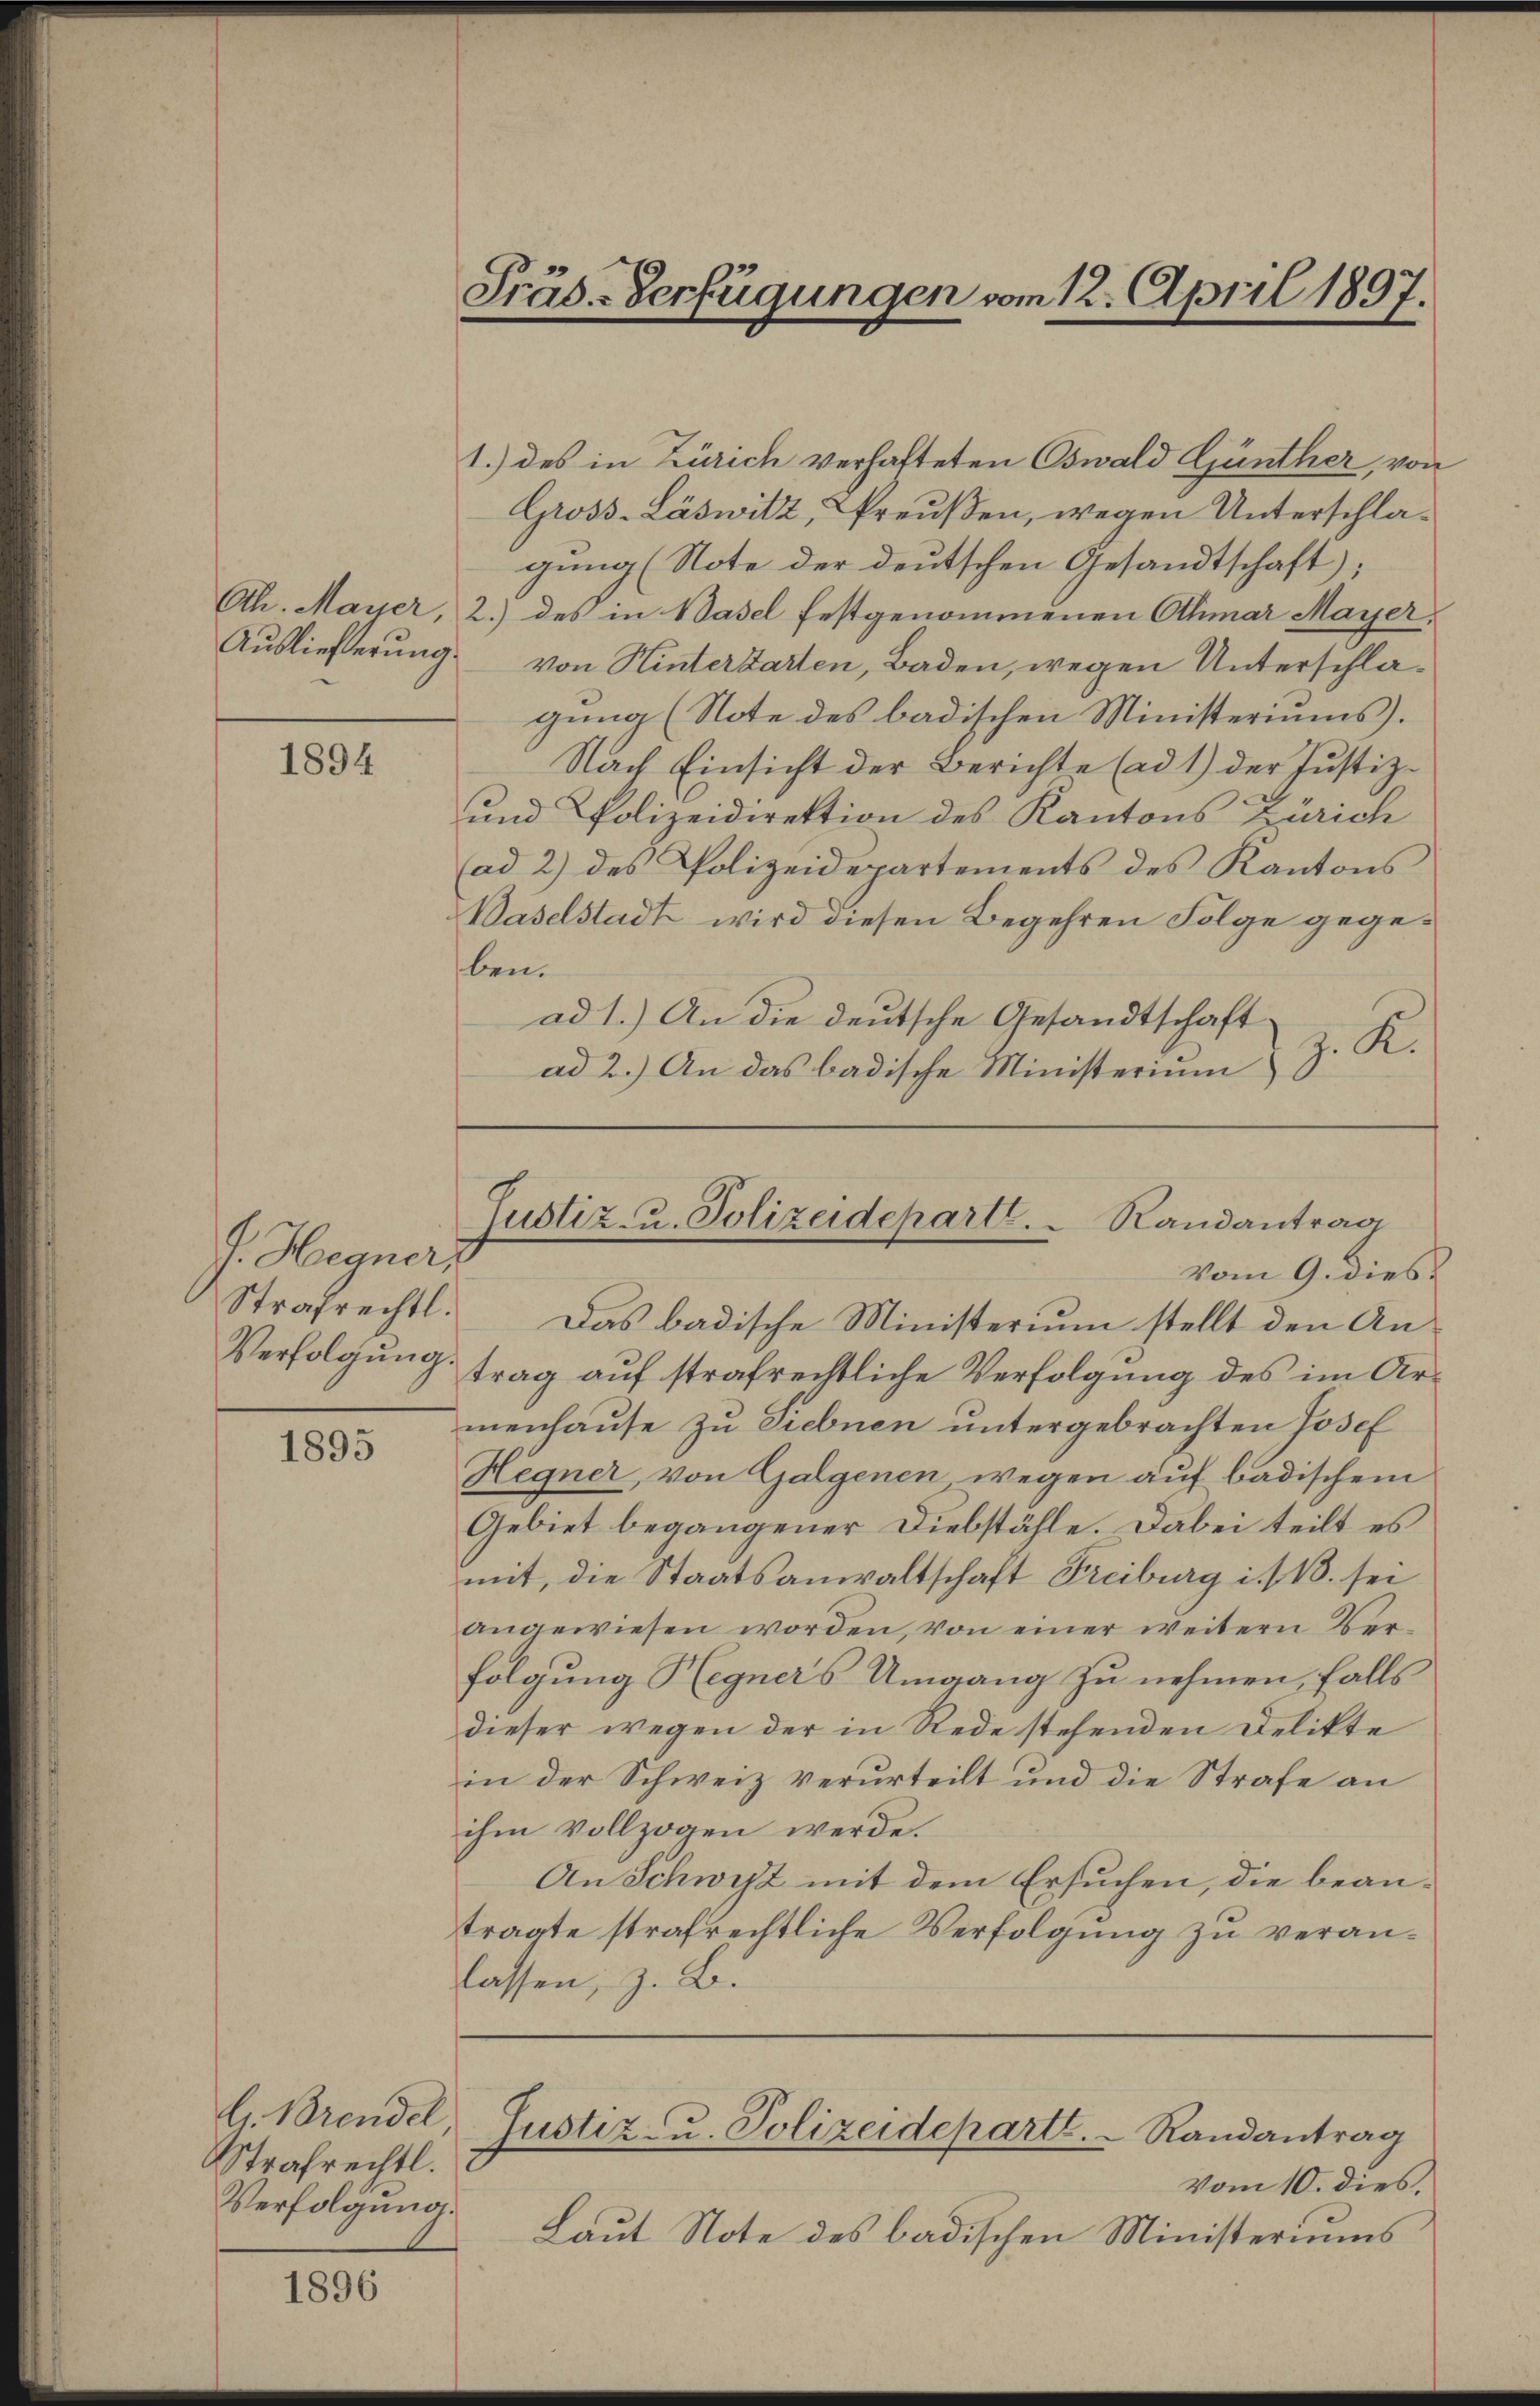
1894

s. Hegner,
Strafrechtl.
Verfolgung.

1895

G. Brendel,
Strafrechtl.
Verfolgung.

1896

Präs.-Verfügungen vom 12. April 1897.

1.) des in Zürich verhafteten Oswald Günther, von
Gross-Läswitz, Preußen, wegen Unterschlagung (Note der deutschen Gesandtschaft);
Oth. Mayer, 2.) des in Basel festgenommenen Othmar Mayer,
Auslieferung von Hinterbarten, Baden, wegen Unterschlagung (Note des badischen Ministeriums.
Nach Einsicht der Berichte (ad 1) der Justiz-
und Polizeidirektion des Kantons Zürich
(ad 2) des Polizeidepartements des Kantons¬
Waselstadt wird diesen Begehren Folge gegeben.
ad 1.) An die deutsche Gesandtschaft
J. K.
ad 2.) An das badische Ministerium

Justiz- u. Polizeidepart.  Randantrag
Vom 9. dies

Das badische Ministerium stellt den Antrag auf strafrechtliche Verfolgung des im Armenhause zu Siebnen untergebrachten Josef
Hegner, von Galgenen, wegen auf badischem
Gebiet begangener Diebstähle. Dabei teilt es
mit, die Staatsanwaltschaft Freiburg i./13. sei
angewiesen worden, von einer weitern Verfolgung Hegners Umgang zu nehmen, falls
dieser wegen der in Rede stehenden Delikte
in der Schweiz verurteilt und die Strafe an
ihm vollzogen werde.
An Schwyz mit dem Ersuchen, die beantragte strafrechtliche Verfolgung zu veranlassen, z. B.

Justiz- u. Polizeideparte.   Randantrag

vom 10. dies.
Laut Note des badischen Ministeriums